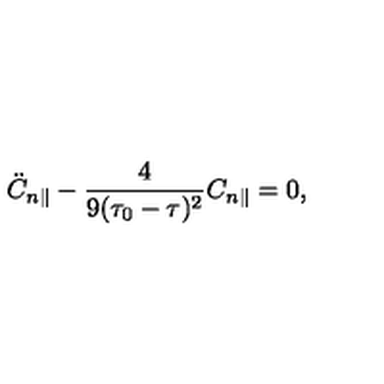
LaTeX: \ddot { C } _ { n \parallel } - \frac { 4 } { 9 ( \tau _ { 0 } - \tau ) ^ { 2 } } C _ { n \parallel } = 0 ,